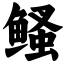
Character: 鳋